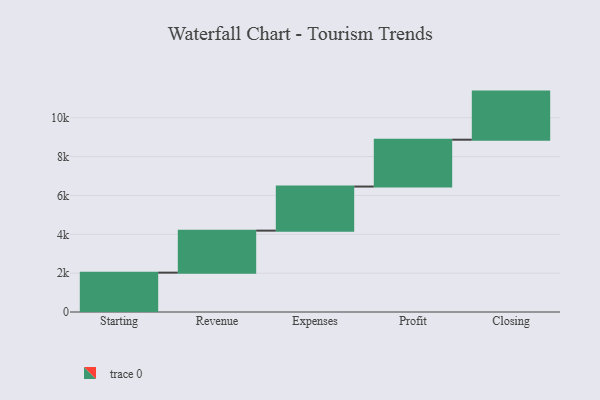
{"axis": {"x": "Step", "y": "Value"}, "legend": [""], "data": [{"x": "Starting", "y": 2026.0, "type": ""}, {"x": "Revenue", "y": 2163.0, "type": ""}, {"x": "Expenses", "y": 2269.0, "type": ""}, {"x": "Profit", "y": 2412.0, "type": ""}, {"x": "Closing", "y": 2476.0, "type": ""}]}